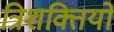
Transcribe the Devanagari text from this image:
त्रिशक्तियों